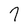
Character: 7